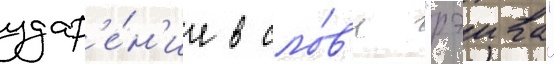
удар'е́н'ие в сло́в'е "рэива"